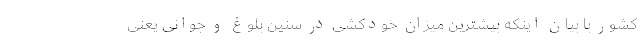
کشور با بیان اینکه بیشترین میزان خودکشی در سنین بلوغ و جوانی یعنی